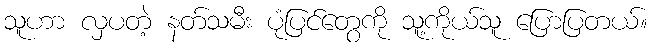
သူဟာ လှပတဲ့ နတ်သမီး ပုံပြင်တွေကို သူ့ကိုယ်သူ ပြောပြတယ်။